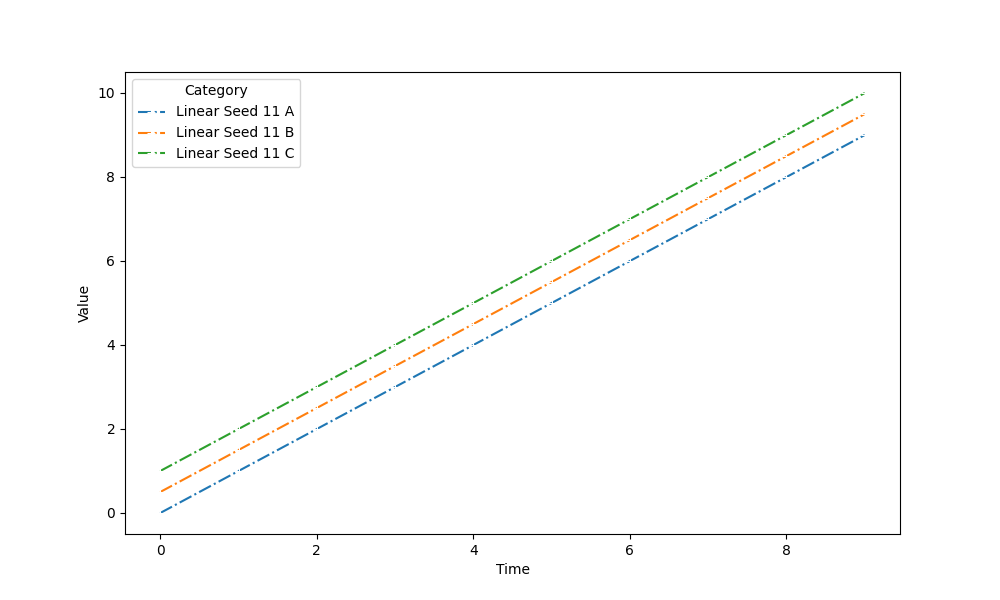
python, seaborn, lineplot, style='dashdot', marker='+'